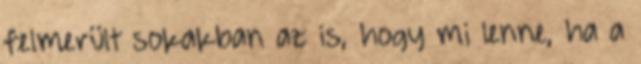
felmerült sokakban az is, hogy mi lenne, ha a